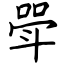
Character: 斝